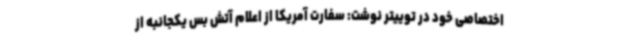
اختصاصی خود در توییتر نوشت: سفارت آمریکا از اعلام آتش بس یکجانبه از